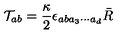
{ \cal T } _ { a b } = \frac { \kappa } { 2 } \epsilon _ { a b a _ { 3 } \cdots a _ { d } } \bar { R }